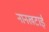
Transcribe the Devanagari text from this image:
नानखटाई